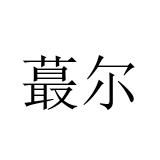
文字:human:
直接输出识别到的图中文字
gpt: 蕞尔